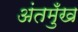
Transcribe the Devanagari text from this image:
अंतमुँख